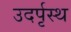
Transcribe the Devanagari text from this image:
उदर्पृस्थ